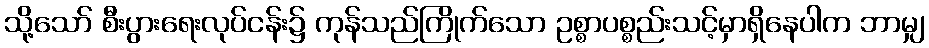
သို့သော် စီးပွားရေးလုပ်ငန်း၌ ကုန်သည်ကြိုက်သော ဥစ္စာပစ္စည်းသင့်မှာရှိနေပါက ဘာမျှ